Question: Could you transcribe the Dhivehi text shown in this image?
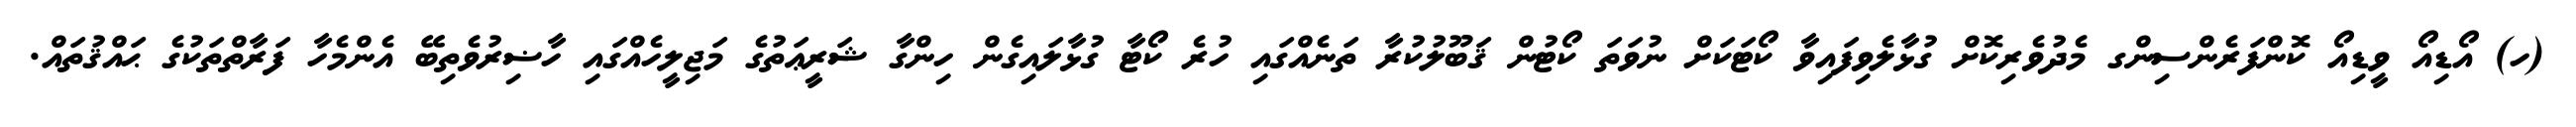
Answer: (ހ) އޯޑިއޯ ވީޑިއޯ ކޮންފަރެންސިންގ މެދުވެރިކޮށް ގުޅާލެވިފައިވާ ކޯޓަކަށް ނުވަތަ ކޯޓުން ޤަބޫލުކުރާ ތަނެއްގައި ހުރެ ކޯޓާ ގުޅާލައިގެން ހިންގާ ޝަރީޢަތުގެ މަޖިލީހެއްގައި ހާޟިރުވެތިބޭ އެންމެހާ ފަރާތްތަކުގެ ޙައްޤުތައް.